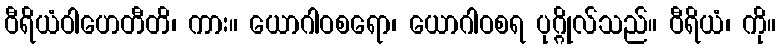
ဝီရိယံဝါဟေတီတိ၊ ကား။ ယောဂါဝစရော၊ ယောဂါဝစရ ပုဂ္ဂိုလ်သည်။ ဝီရိယံ၊ ကို။